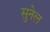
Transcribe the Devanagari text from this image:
सुनेल